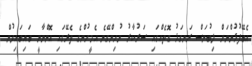
އެބޭފުޅުންނަށް ލިބުނަސް ރަނގަޅު ގޮތެއްގައި ސަރުކާރު ނުހިންގޭނެ އެމީހުންގެ ތެރޭގައި އޮންނާނީ ބައިބައިވުން